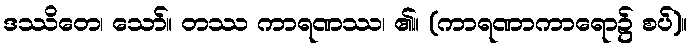
ဒဿိတေ၊ သော်။ တဿ ကာရဏဿ၊ ၏။ (ကာရဏာကာရော၌ စပ်)။